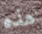
هذه